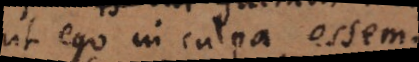
ut ego in culpa essem.